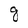
Character: g